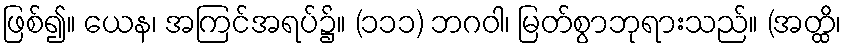
ဖြစ်၍။ ယေန၊ အကြင်အရပ်၌။ (၁၁၁) ဘဂဝါ၊ မြတ်စွာဘုရားသည်။ (အတ္ထိ၊